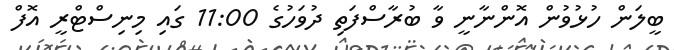
ބީލަން ހުޅުވުން އޮންނާނީ ވާ ބުރާސްފަތި ދުވަހުގެ 11:00 ގައި މިނިސްޓްރީ އޮފް